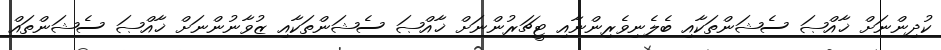
ކުދިންނަށް ޚާއްޞަ ސެޝަންތަކާއި ބެލެނިވެރިންނާއި ޓީޗަރުންނަށް ޚާއްޞަ ސެޝަންތަކާއި ޒުވާނުންނަށް ޚާއްޞަ ސެޝަންތައް